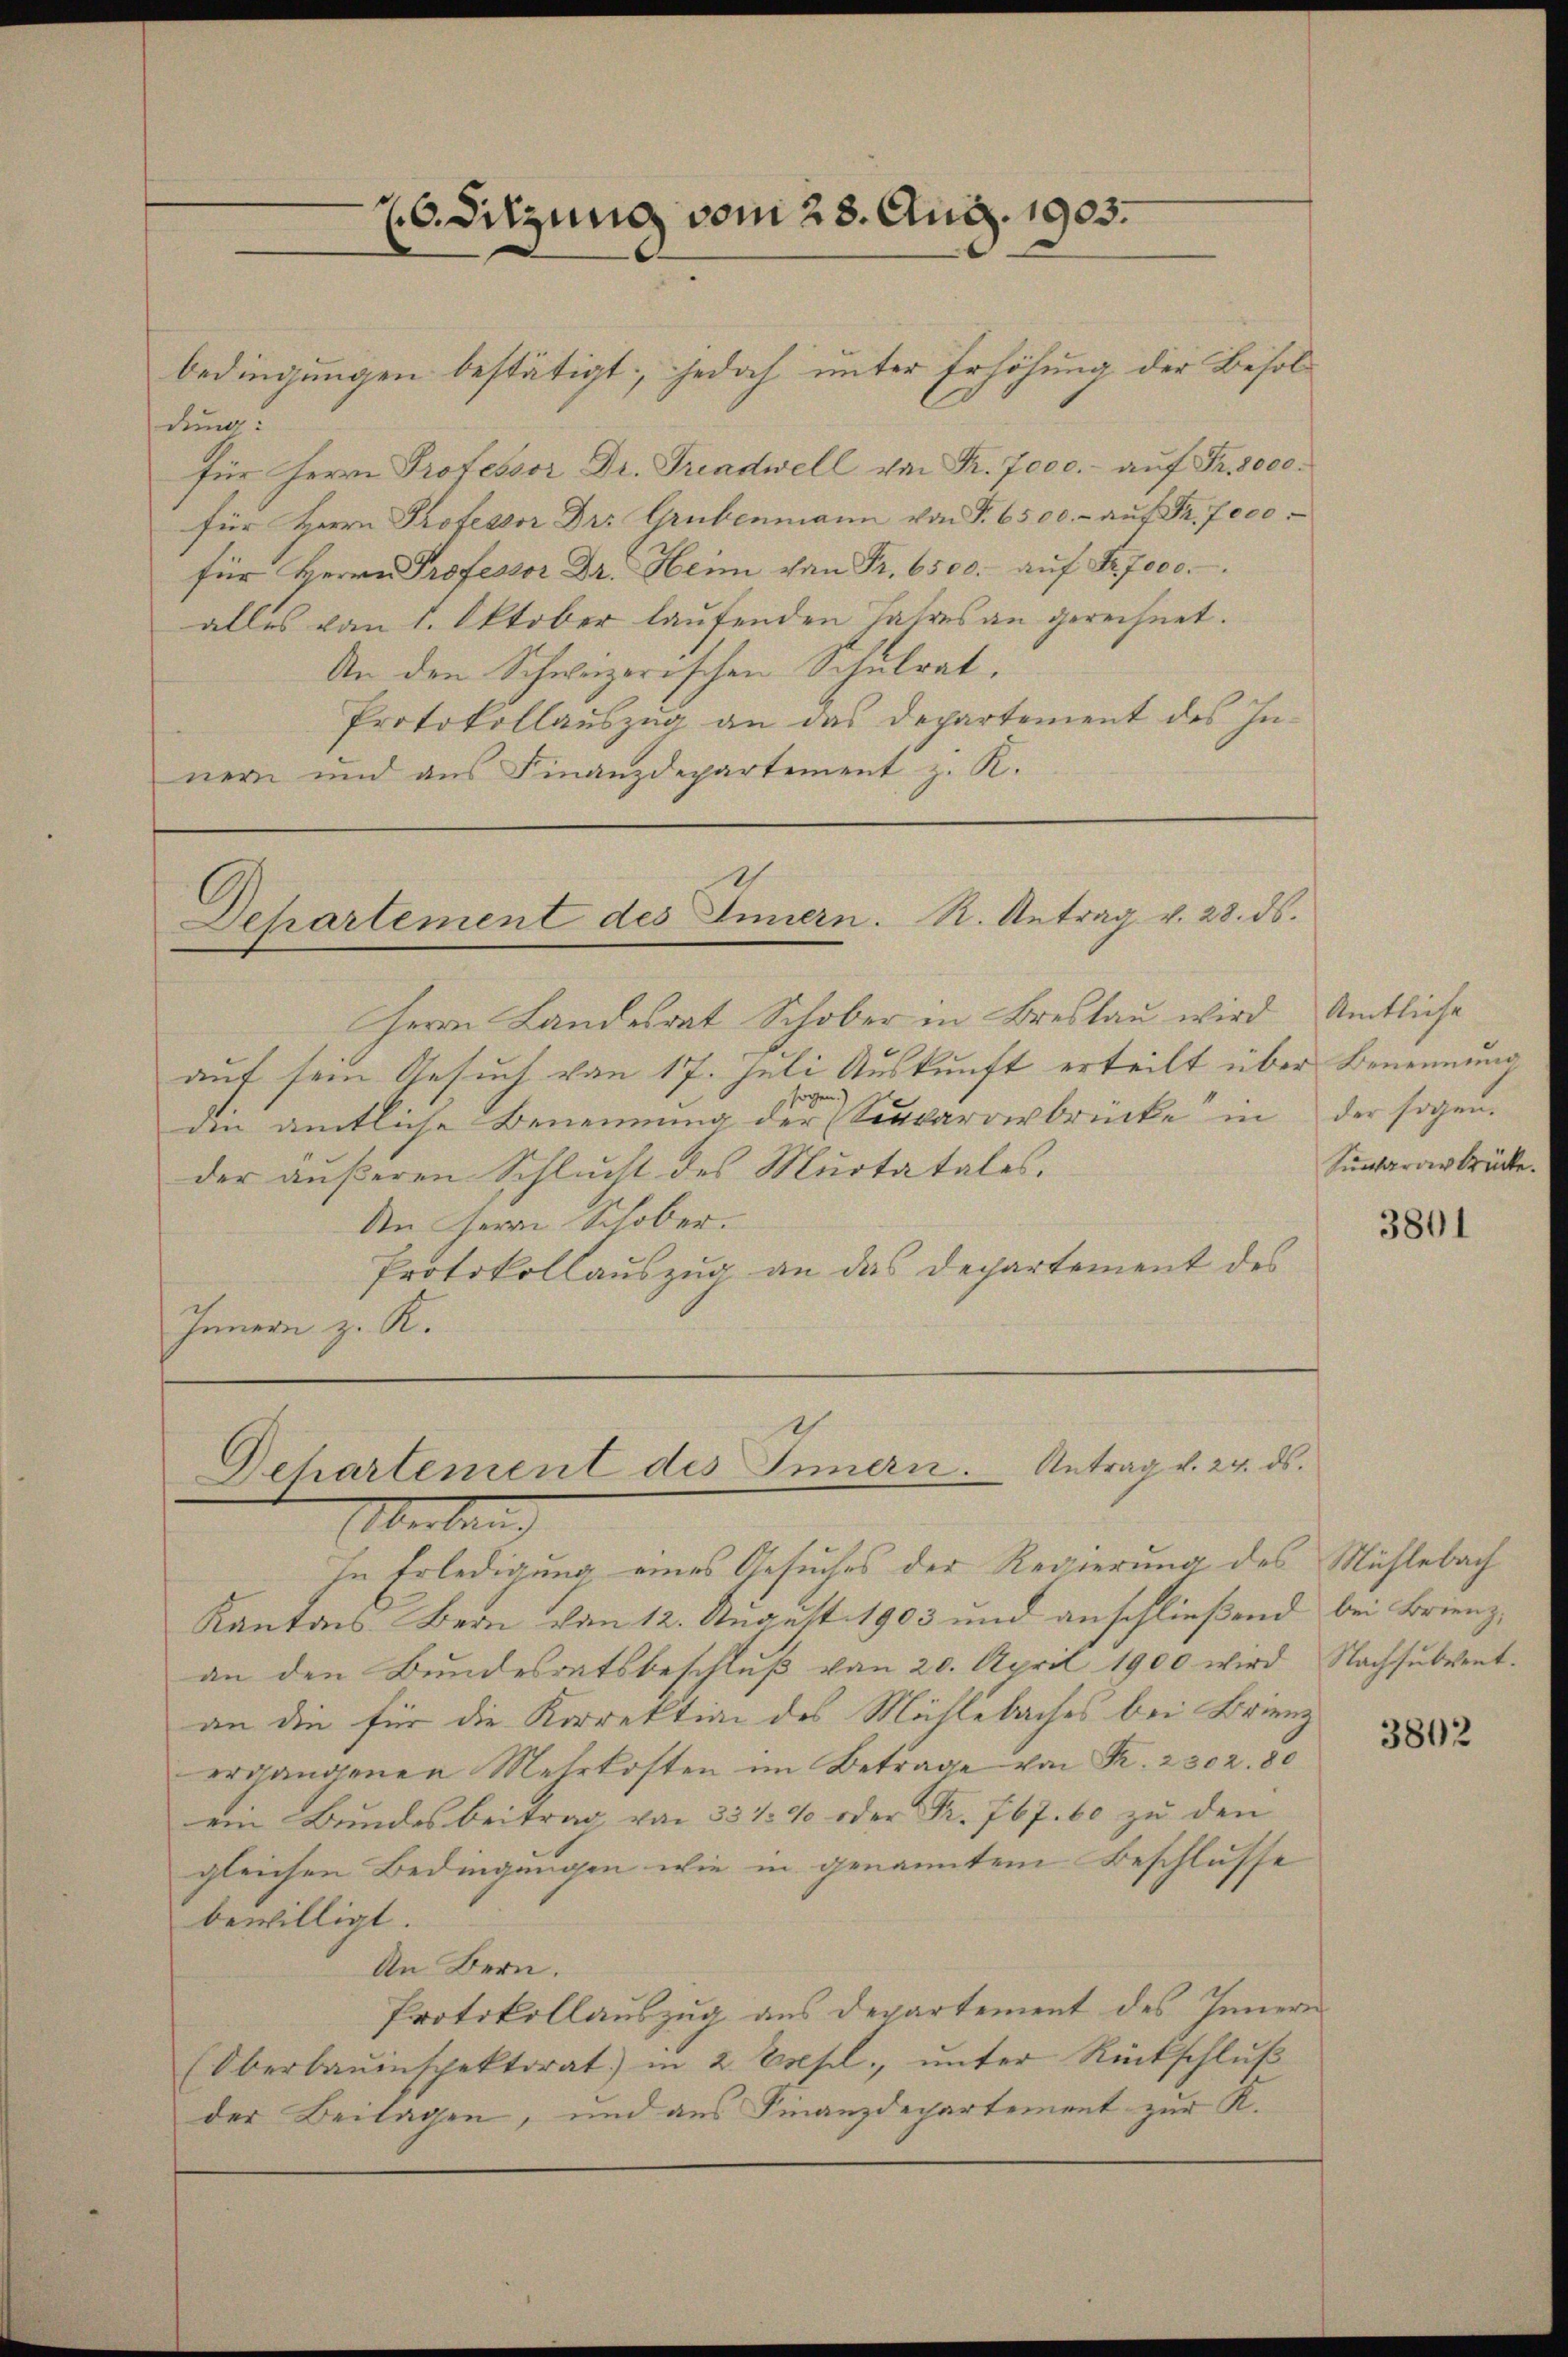
26. Sitzung vom 28. Aug. 1903.

bedingungen bestätigt; jedoch unter Erhöhung der Besoldung.
für Herrn Professor Dr. Triadwell von Fr. 7000.- auf Fr. 8000.
für Herrn Professor Dr. Grubenmann von Fr. 6500.- aŭf Fr. 7000
für Herrn Professor Dr. Heim von Fr. 6500. aŭf Fr. 7000.
alles vom 1. Oktober laufenden Jahres an gerechnet.
An den Schweizerischen Schulrat.
Protokollauszug an das Departement des Innern und aus Finanzdepartement z. K.

Departement des Innern. R. Antrag v. 28. ds.

Herrn Landesrat Schober in Breslau wird
auf sein Gesuch von 17. Juli Auskunft erteilt über Benennung
sogen.
die amtliche Benennung der Sievarverbrücke in der sogen.
der äußeren Schlucht des Muotatales.
An Herrn Schober.
Protokollauszug an das Departement des
Innern z. K.

Dehartement des Innern Antrag v. 24. ds.
Überban

Amtliche
Sunarar drücke.

In Erledigung eines Gesuches der Regierung des Mühlebach
Kantons. Bern von 12. August 1903 und anschließend bei Brienzan den Bundesratsbeschluß von 20. April 1900 wird
an die für die Korrektion des Mühlebaches bei Brienz
ergangenen Mehrkosten im Betrage von Fr. 2302. 80
ein Bundesbeitrag von 331 % oder Fr. 767. 60 zu den
gleichen Bedingungen wie in genanntem Beschlusse
bewilligt.
An Bern.
Protokollauszug aus Departement des Innern
(Oberbauinspektorat) in 2 Essl, ŭnter Rückschlŭβ
der Beilagen, und aus Finanzdepartement zur K.

3801

3802

Nachsubvent.